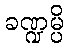
ခဏ္ဍမ္ပိ